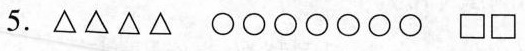
5. \triangle \triangle \triangle \triangle \bigcirc \bigcirc \bigcirc \bigcirc \bigcirc \bigcirc \bigcirc \square \square